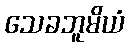
သေခဘူမိယံ